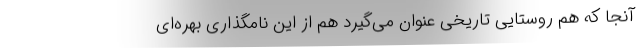
آنجا که هم روستایی تاریخی عنوان می‌گیرد هم از این نامگذاری بهره‌ای